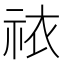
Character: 𫀊